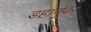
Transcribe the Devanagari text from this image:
डहाणुका